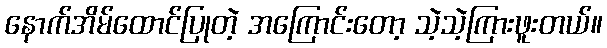
နောက်အိမ်ထောင်ပြုတဲ့ အကြောင်းတော့ သဲ့သဲ့ကြားဖူးတယ်။